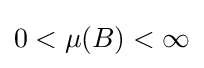
0<\mu (B)<\infty